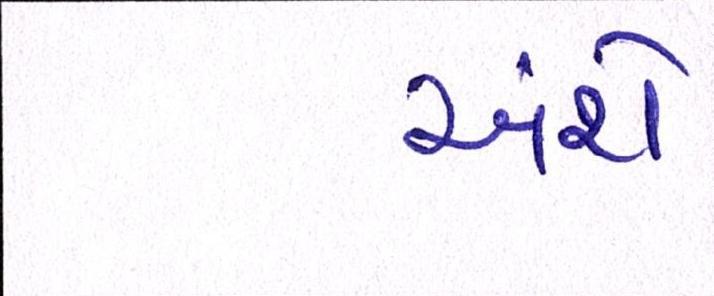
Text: અંશે